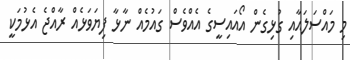
މި މައްސަލައާއި ގުޅިގެން އޯއައިސީގެ އެއްވެސް ގައުމެއް ނާޅާ ފިޔަވަޅެއް ރާއްޖެ އެޅުމަކީ